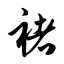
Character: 褚